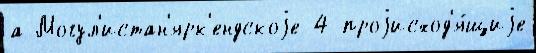
а Могул'истан'ярк'ендскоjе 4 проjисход'я́щиjе